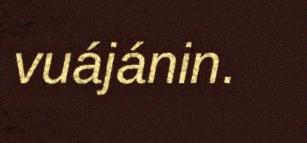
vuájánin.